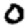
Digit: 0